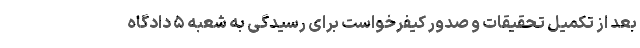
بعد از تکمیل تحقیقات و صدور کیفرخواست برای رسیدگی به شعبه ۵ دادگاه